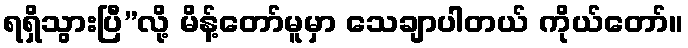
ရရှိသွားပြီ”လို့ မိန့်တော်မူမှာ သေချာပါတယ် ကိုယ်တော်။